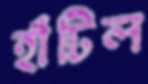
হাঁটিল